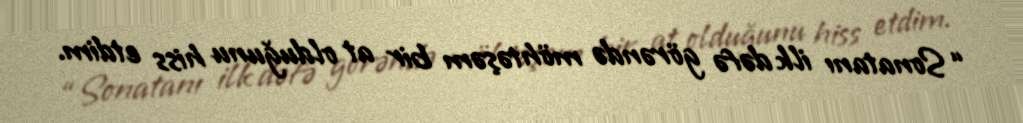
“Sonatanı ilk dəfə görəndə möhtəşəm bir at olduğunu hiss etdim.